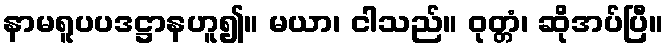
နာမရူပပဒဋ္ဌာနဟူ၍။ မယာ၊ ငါသည်။ ဝုတ္တံ၊ ဆိုအပ်ပြီ။